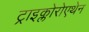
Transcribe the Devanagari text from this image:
ट्राइक्लोरोएथेन